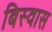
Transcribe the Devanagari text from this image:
बिस्‍वास